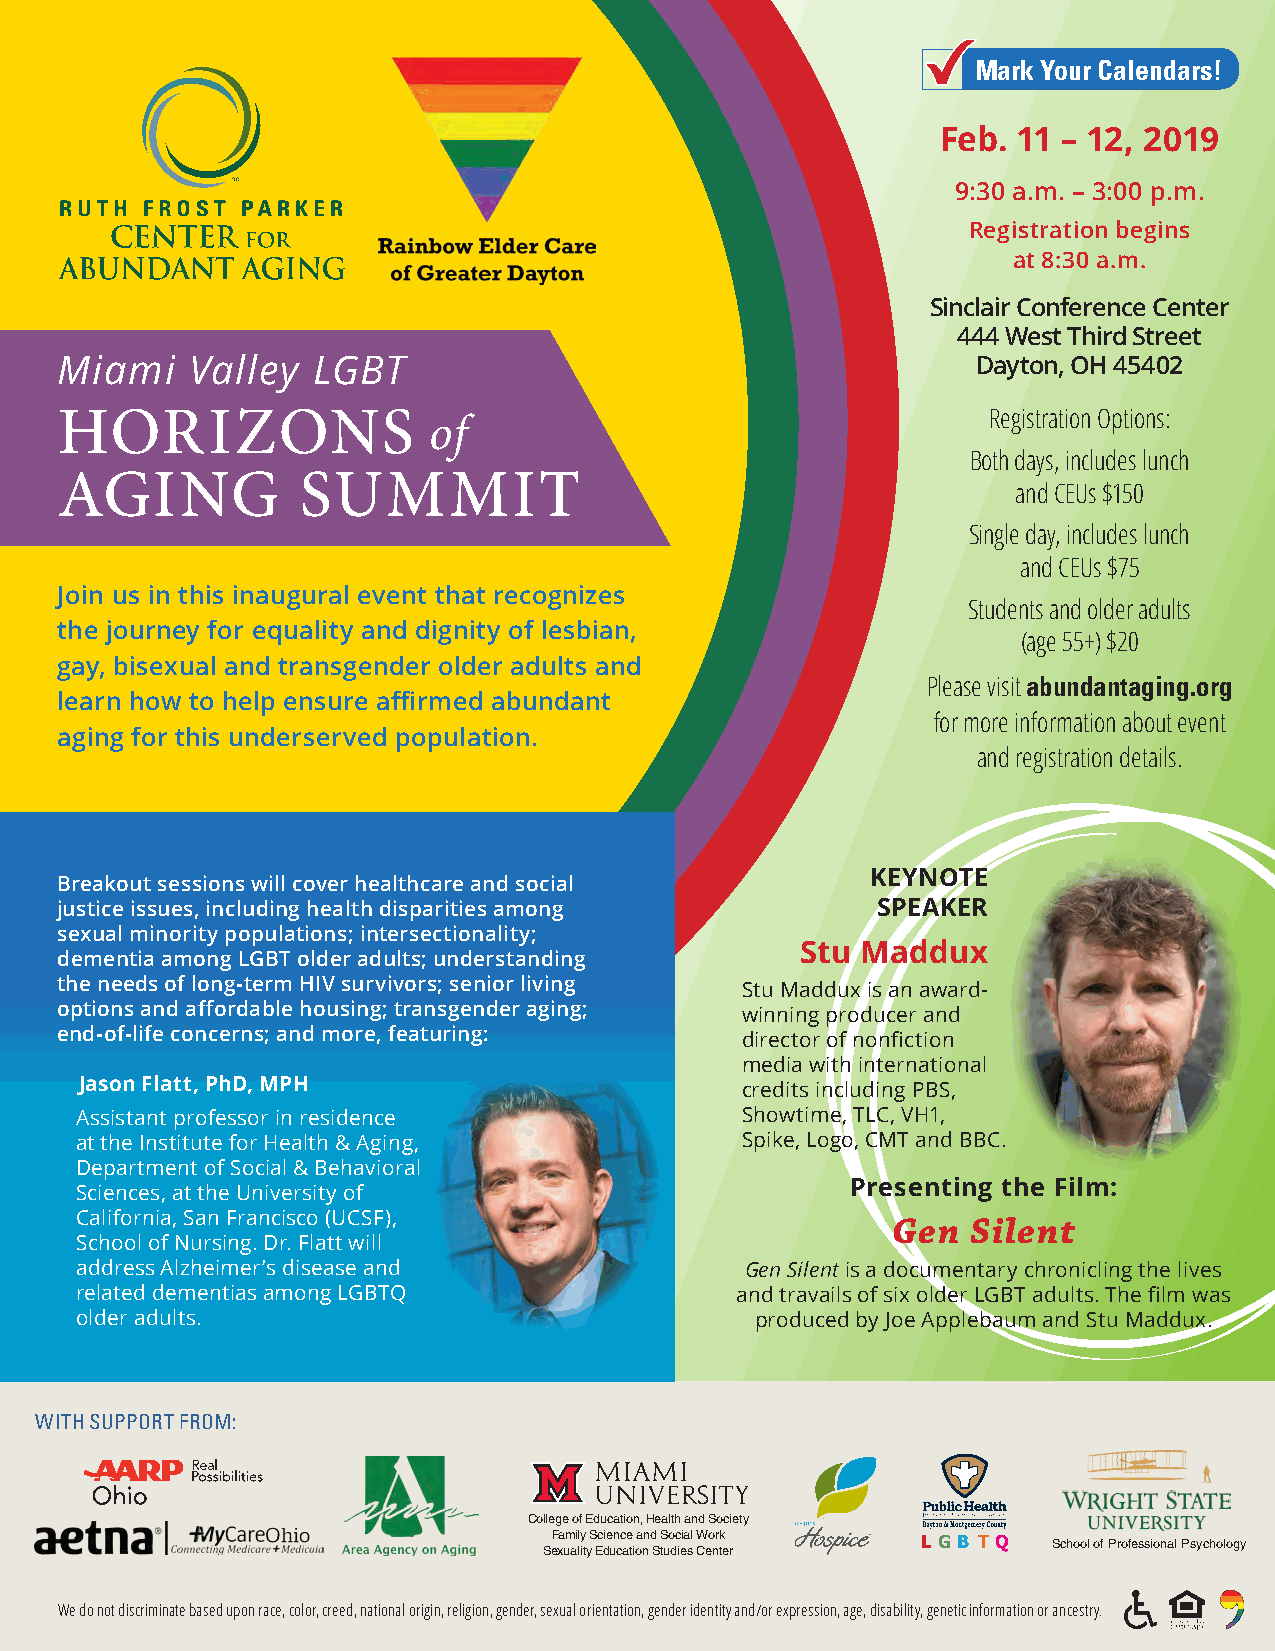
MMaarrkk Y YoouurrC Caalelennddaarrss!!
 Feb. 11 – 12, 2019
 9:30 a.m. – 3:00 p.m.
 Registration begins
 at 8:30 a.m.
 Sinclair Conference Center
 444 West Third Street
 Miami    Valley  LGBT                                        Dayton, OH 45402
 HORIZONS
 of
 Registration Options:
 Both days, includes lunch
 AGING           SUMMIT
 and CEUs $150
 Single day, includes lunch
 and CEUs $75
 Join us in this inaugural event that recognizes
 Students and older adults
 the journey for equality and dignity of lesbian,
 (age 55+) $20
 gay, bisexual and transgender older adults and
 Please visit abundantaging.org
 learn how to help ensure affirmed abundant
 for more information about event
 aging for this underserved population.
 and registration details.
 KEYNOTE
 Breakout sessions will cover healthcare and social
 justice issues, including health disparities among    SPEAKER
 sexual minority populations; intersectionality;
 Stu Maddux
 dementia among LGBT older adults; understanding
 the needs of long-term HIV survivors; senior living
 Stu Maddux is an award-
 options and affordable housing; transgender aging;
 winning producer and
 end-of-life concerns; and more, featuring:
 director of nonfiction
 media with international
 Jason Flatt, PhD, MPH                       credits including PBS,
 Assistant professor in residence            Showtime, TLC, VH1,
 at the Institute for Health & Aging,        Spike, Logo, CMT and BBC.
 Department of Social & Behavioral
 Presenting the Film:
 Sciences, at the University of
 California, San Francisco (UCSF),
 Gen  Silent
 School of Nursing. Dr. Flatt will
 address Alzheimer’s disease and             Gen Silent is a documentary chronicling the lives
 related dementias among LGBTQ               and travails of six older LGBT adults. The film was
 older adults.                                produced by Joe Applebaum and Stu Maddux.
 WITH SUPPORT FROM:
 College of Education, Health and Society
 Family Science and Social Work L GB T Q School of Professional Psychology
 Sexuality Education Studies Center
 unitedchurchhomes.org | AUTUMN 2018 | UNITED CHURCH HOMES | 25
 We do not discriminate based upon race, color, creed, national origin, religion, gender, sexual orientation, gender identity and/or expression, age, disability, genetic information or ancestry.
 MV LGBT Horizons of Aging Summit v9.indd 1                                 10/23/18 10:26 AM